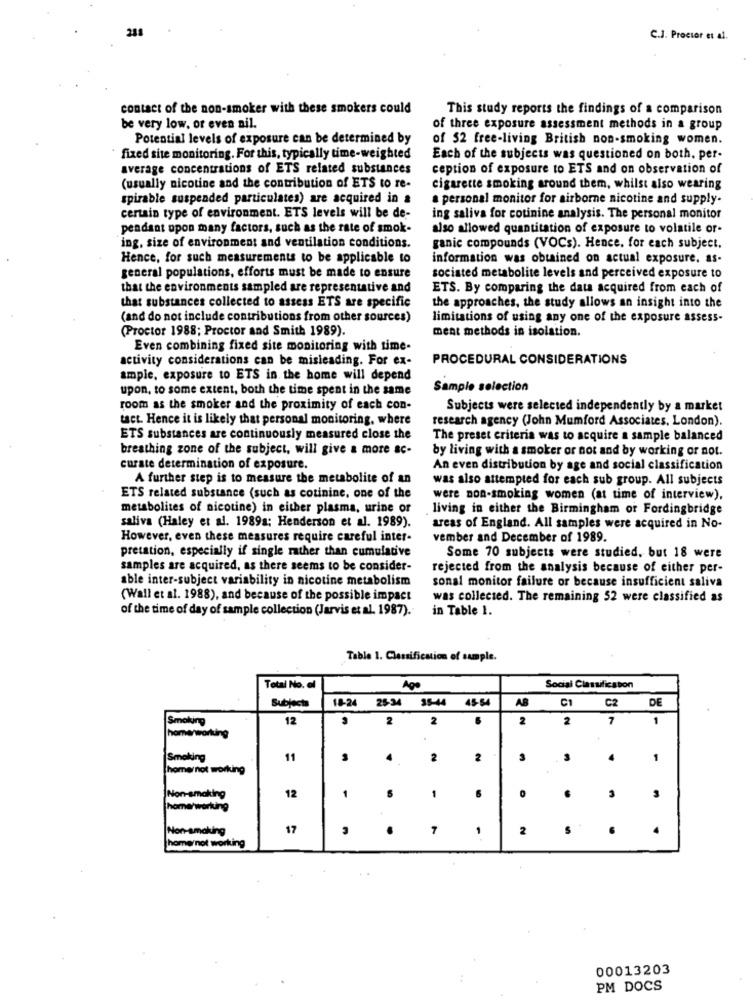
C.J. Proctor et al.
contact of the non-smoker with these smokers could
This study reports the findings of a comparison
be very low, or even ail.
of three exposure assessment methods in a group
Potential levels of exposure can be determined by
of 52 free-living British non-smoking women.
fixed site monitoring. For this, typically time-weighted
Each of the subjects was questioned on both, per-
average concentrations of ETS related substances
ception of exposure to ETS and on observation of
(usually nicotine and the contribution of ETS to re-
cigarette smoking around them, whilst also wearing
spirable suspended particulates) are acquired in &
a personal monitor for airborne nicotine and supply-
certain type of environment. ETS levels will be de-
ing saliva for cotinine analysis. The personal monitor
pendant upon many factors, such as the rate of smok-
also allowed quantitation of exposure to volatile or-
ing, size of environment and ventilation conditions.
ganic compounds (VOCs). Hence. for each subject.
Hence, for such measurements to be applicable to
information was obtained on actual exposure. as-
general populations, efforts must be made to ensure
sociated metabolite levels and perceived exposure to
that the environments sampled are representative and
ETS. By comparing the data acquired from each of
that substances collected to assess ETS are specific
the approaches, the study allows an insight into the
(and do not include contributions from other sources)
limitations of using any one of the exposure assess-
(Proctor 1988; Proctor and Smith 1989)
ment methods in isolation.
Even combining fixed site monitoring with time-
activity considerations can be misleading. For ex-
PROCEDURAL CONSIDERATIONS
ample, exposure to ETS in the home will depend
upon, to some extent, both the time spent in the same
Sample selection
room as the smoker and the proximity of each con-
Subjects were selected independently by a market
tact. Hence it is likely that personal monitoring, where
research agency (John Mumford Associates, London).
ETS substances are continuously measured close the
The preset criteria was to acquire a sample balanced
breathing zone of the subject, will give a more ac-
by living with a smoker or not and by working or not.
curate determination of exposure.
An even distribution by age and social classification
A further step is to measure the metabolite of an
was also attempted for each sub group. All subjects
ETS related substance (such as cotinine, one of the
were non-smoking women (at time of interview),
metabolites of nicotine) in either plasma, urine or
living in either the Birmingham or Fordingbridge
saliva (Haley et al. 1989a; Henderson et al. 1989).
areas of England. All samples were acquired in No-
However, even these measures require careful inter-
vember and December of 1989.
pretation, especially if single rather than cumulative
Some 70 subjects were studied, but 18 were
samples are acquired, as there seems to be consider-
rejected from the analysis because of either per-
able inter-subject variability in nicotine metabolism
sonal monitor failure or because insufficient saliva
(Wall et al. 1988), and because of the possible impact
was collected. The remaining 52 were classified as
of the time of day of sample collection (Jarvis et al. 1987).
in Table 1.
Table 1. Classification of sample.
Total No. el
Ago
Social Classification
Subjects
18-24
25-34
35-44
45-54
AB
C1
C2
DE
Smolung
12
2
2
2
2
7
1
home/working
Smoking
11
3
4
2
2
1
homernot working
Non-smoking
3
12
1
1
6
home/workung
Non-smoking
17
.
7
1
2
.
home/not working
00013203
PM DOCS